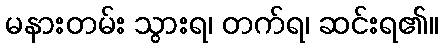
မနားတမ်း သွားရ၊ တက်ရ၊ ဆင်းရ၏။